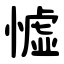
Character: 憈